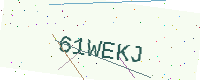
Text: 61WEKJ